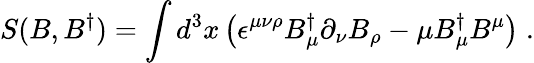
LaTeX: S(B,B^{\dagger})=\int d^{3}x\left(\epsilon^{\mu\nu\rho}B_{\mu}^{\dagger}\partial_{\nu}B_{\rho}-\mu B_{\mu}^{\dagger}B^{\mu}\right)\; .